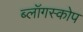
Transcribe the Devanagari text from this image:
ब्लॉगस्कोप